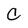
Character: C